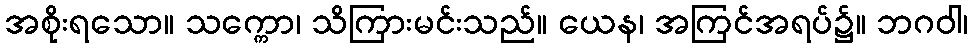
အစိုးရသော။ သက္ကော၊ သိကြားမင်းသည်။ ယေန၊ အကြင်အရပ်၌။ ဘဂဝါ၊